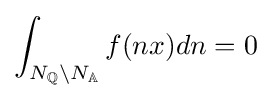
\int _{N_{\mathbb {Q} }\backslash N_{\mathbb {A} }}f(nx)dn=0